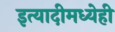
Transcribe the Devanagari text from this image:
इत्यादीमध्येही